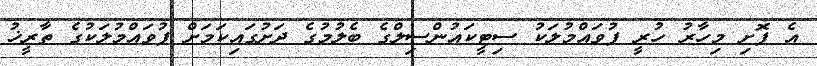
އެ ފޮށި މިހާރު ހުރީ ފުވައްމުލަކު ސިޓީކައުންސިލްގެ ބެލުމުގެ ދަށުގައިކަމަށް ފުވައްމުލަކުގެ ތާރީޚު